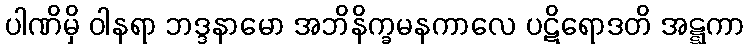
ပါဏိမှိ ဝါနရာ ဘဒ္ဒနာမော အဘိနိက္ခမနကာလေ ပဋိရောဒတိ အဋ္ဋကာ